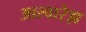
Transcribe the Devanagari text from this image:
आल्वारेझ